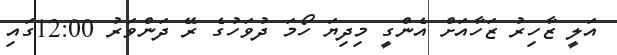
އަލީ ޒާހިރު ޒަހާއަށް އެންގީ މިދިޔަ ހޯމަ ދުވަހުގެ ރޭ ދަންވަރު 12:00ގައި